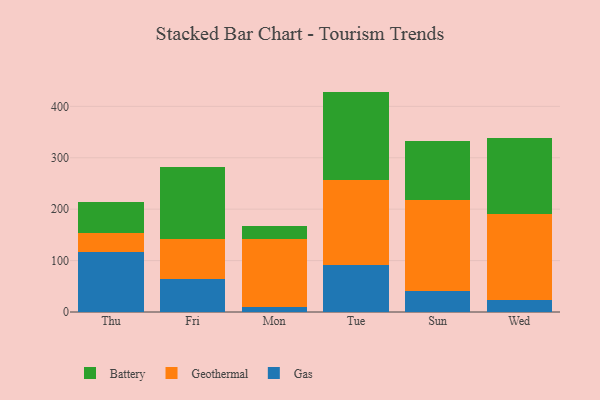
{"axis": {"x": "Day", "y": "Production Output"}, "legend": ["Battery", "Gas", "Geothermal"], "data": [{"x": "Thu", "y": 116.0, "type": "Gas"}, {"x": "Thu", "y": 37.8, "type": "Geothermal"}, {"x": "Thu", "y": 59.8, "type": "Battery"}, {"x": "Fri", "y": 63.6, "type": "Gas"}, {"x": "Fri", "y": 79.2, "type": "Geothermal"}, {"x": "Fri", "y": 139.0, "type": "Battery"}, {"x": "Mon", "y": 10.0, "type": "Gas"}, {"x": "Mon", "y": 132.1, "type": "Geothermal"}, {"x": "Mon", "y": 25.8, "type": "Battery"}, {"x": "Tue", "y": 91.8, "type": "Gas"}, {"x": "Tue", "y": 164.2, "type": "Geothermal"}, {"x": "Tue", "y": 172.7, "type": "Battery"}, {"x": "Sun", "y": 41.1, "type": "Gas"}, {"x": "Sun", "y": 175.9, "type": "Geothermal"}, {"x": "Sun", "y": 115.4, "type": "Battery"}, {"x": "Wed", "y": 22.5, "type": "Gas"}, {"x": "Wed", "y": 168.9, "type": "Geothermal"}, {"x": "Wed", "y": 147.4, "type": "Battery"}]}